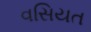
વસિયત